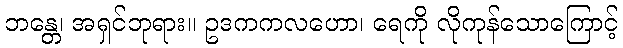
ဘန္တေ၊ အရှင်ဘုရား။ ဥဒကကလဟော၊ ရေကို လိုကုန်သောကြောင့်